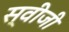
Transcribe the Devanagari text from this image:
स्वीजी